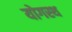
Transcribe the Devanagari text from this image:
योगस्थ